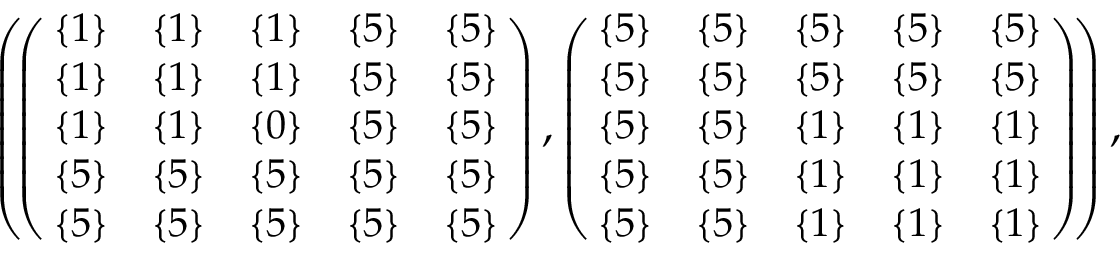
\begin{array} { r } { \small { \left( \! \left( \! \! \begin{array} { c c c c c } { \{ 1 \} } & { \{ 1 \} } & { \{ 1 \} } & { \{ 5 \} } & { \{ 5 \} } \\ { \{ 1 \} } & { \{ 1 \} } & { \{ 1 \} } & { \{ 5 \} } & { \{ 5 \} } \\ { \{ 1 \} } & { \{ 1 \} } & { \{ 0 \} } & { \{ 5 \} } & { \{ 5 \} } \\ { \{ 5 \} } & { \{ 5 \} } & { \{ 5 \} } & { \{ 5 \} } & { \{ 5 \} } \\ { \{ 5 \} } & { \{ 5 \} } & { \{ 5 \} } & { \{ 5 \} } & { \{ 5 \} } \end{array} \! \! \right) , \left( \! \! \begin{array} { c c c c c } { \{ 5 \} } & { \{ 5 \} } & { \{ 5 \} } & { \{ 5 \} } & { \{ 5 \} } \\ { \{ 5 \} } & { \{ 5 \} } & { \{ 5 \} } & { \{ 5 \} } & { \{ 5 \} } \\ { \{ 5 \} } & { \{ 5 \} } & { \{ 1 \} } & { \{ 1 \} } & { \{ 1 \} } \\ { \{ 5 \} } & { \{ 5 \} } & { \{ 1 \} } & { \{ 1 \} } & { \{ 1 \} } \\ { \{ 5 \} } & { \{ 5 \} } & { \{ 1 \} } & { \{ 1 \} } & { \{ 1 \} } \end{array} \! \! \right) \! \right) , } } \end{array}